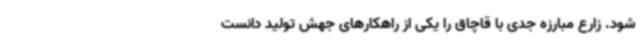
شود. زارع مبارزه جدی با قاچاق را یکی از راهکارهای جهش تولید دانست